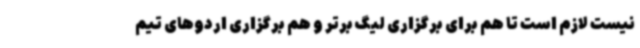
نیست لازم است تا هم برای برگزاری لیگ برتر و هم برگزاری اردوهای تیم